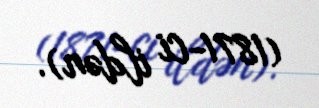
(1871-ci ildən).